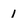
Character: 1